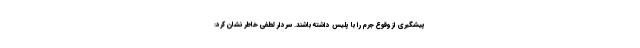
پیشگیری از وقوع جرم را با پلیس داشته باشند. سردار لطفی خاطر نشان کرد: